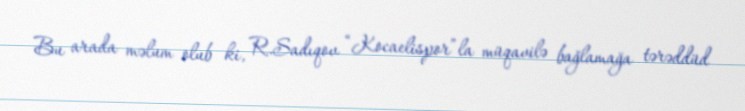
Bu arada məlum olub ki, R.Sadıqov “Kocaelispor”la müqavilə bağlamağa tərəddüd